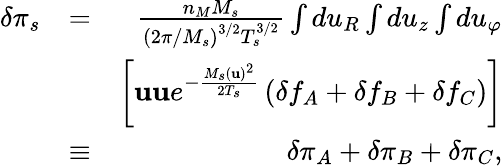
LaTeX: \begin{array}{rlr}{\delta\pi_{s}}&{=}&{\frac{n_{M}M_{s}}{\left(2\pi/M_{s}\right)^{3/2}T_{s}^{3/2}}\int du_{R}\int du_{z}\int du_{\varphi}}\\ &{}&{\left[\mathbf{uu}e^{-\frac{M_{s}\left(\mathbf{u}\right)^{2}}{2T_{s}}}\left(\delta f_{A}+\delta f_{B}+\delta f_{C}\right)\right]}\\ &{\equiv}&{\delta\pi_{A}+\delta\pi_{B}+\delta\pi_{C},}\end{array}